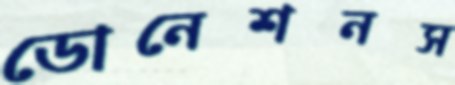
ডোনেশনস